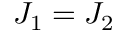
J _ { 1 } = J _ { 2 }